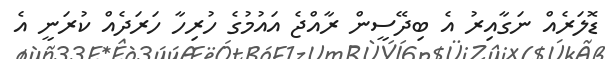
ޑޮލަރެއް ނަގާއިރު އެ ބިދޭސީން ރާއްޖެ އައުމުގެ ހުރިހާ ހަރަދެއް ކުރަނީ އެ